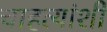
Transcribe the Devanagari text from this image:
चाहत्यांशी